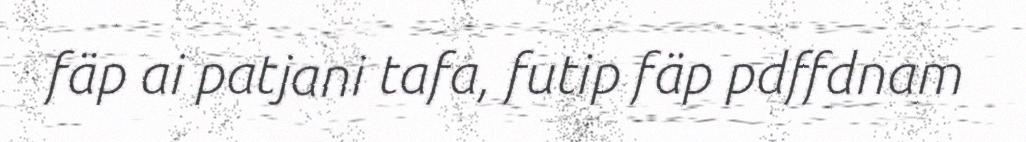
fäp ai patjani tafa, futip fäp pdffdnam